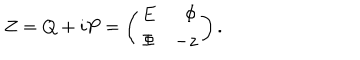
Z = Q + i P = \left( \begin{array} { c r c } { { E } } & { { \Phi } } \\ { { \Phi } } & { { - z } } \\ \end{array} \right) .